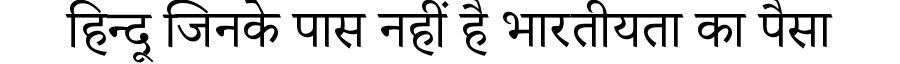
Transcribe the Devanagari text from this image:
हिन्दू जिनके पास नहीं है भारतीयता का पैसा